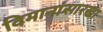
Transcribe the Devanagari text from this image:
विमानांसारखा